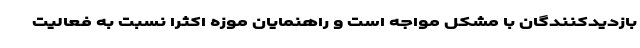
بازدیدکنندگان با مشکل مواجه است و راهنمایان موزه اکثرا نسبت به فعالیت